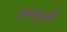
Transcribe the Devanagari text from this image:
जलकुओं